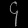
Digit: ၄